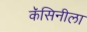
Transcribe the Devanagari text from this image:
कॅसिनीला